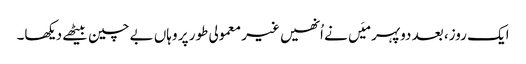
ایک روز، بعد دوپہر میَں نے اُنھیں غیر معمولی طور پر وہاں بے چین بیٹھے دیکھا۔